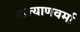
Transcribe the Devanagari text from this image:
कल्याणवर्मा